画像に写った文字を読んでください
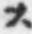
「ス」と書いてあります